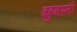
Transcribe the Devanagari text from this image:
बहुनस्ली